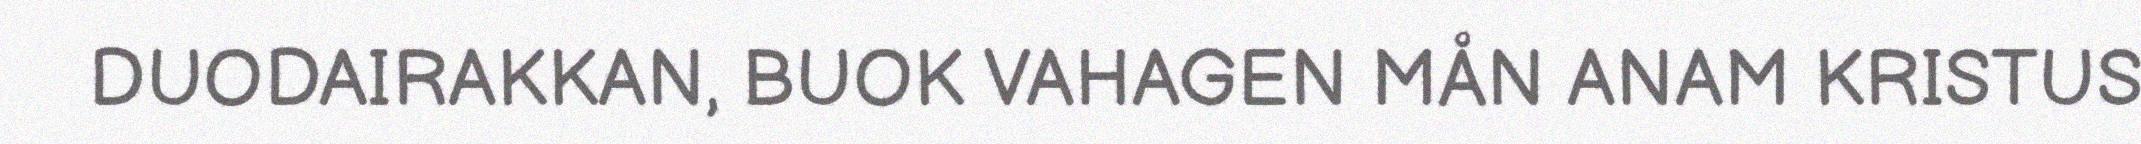
DUODAIRAKKAN, BUOK VAHAGEN MÅN ANAM KRISTUS